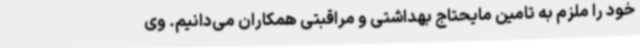
خود را ملزم به تامین مایحتاج بهداشتی و مراقبتی همکاران می‌دانیم. وی